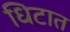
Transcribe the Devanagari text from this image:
धिटात